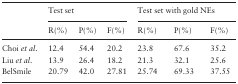
<table><thead><tr><td></td><td colspan="3"><b>Test set</b></td><td colspan="3"><b>Test set with gold NEs</b></td></tr><tr><td></td><td><b>R(%)</b></td><td><b>P(%)</b></td><td><b>F(%)</b></td><td><b>R(%)</b></td><td><b>P(%)</b></td><td><b>F(%)</b></td></tr></thead><tbody><tr><td>Choi <i>et al</i>.</td><td>12.4</td><td>54.4</td><td>20.2</td><td>23.8</td><td>67.6</td><td>35.2</td></tr><tr><td>Liu <i>et al</i>.</td><td>13.9</td><td>26.4</td><td>18.2</td><td>21.3</td><td>32.1</td><td>25.6</td></tr><tr><td>BelSmile</td><td>20.79</td><td>42.0</td><td>27.81</td><td>25.74</td><td>69.33</td><td>37.55</td></tr></tbody></table>